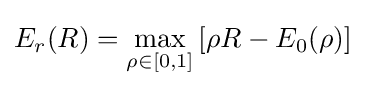
E_{r}(R)=\max _{\rho \in [0,1]}\left[\rho R-E_{0}(\rho )\right]